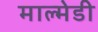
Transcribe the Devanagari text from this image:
माल्मेडी